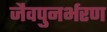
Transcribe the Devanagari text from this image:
जैवपुनर्भरण